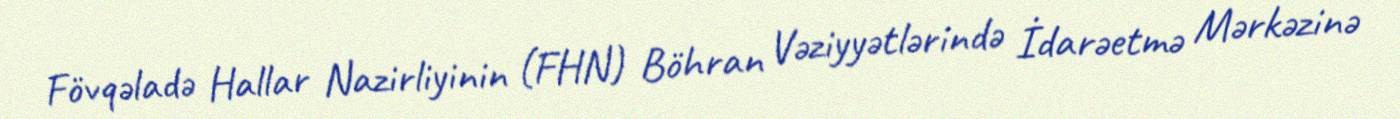
Fövqəladə Hallar Nazirliyinin (FHN) Böhran Vəziyyətlərində İdarəetmə Mərkəzinə